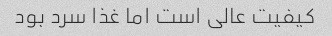
کیفیت عالی است اما غذا سرد بود